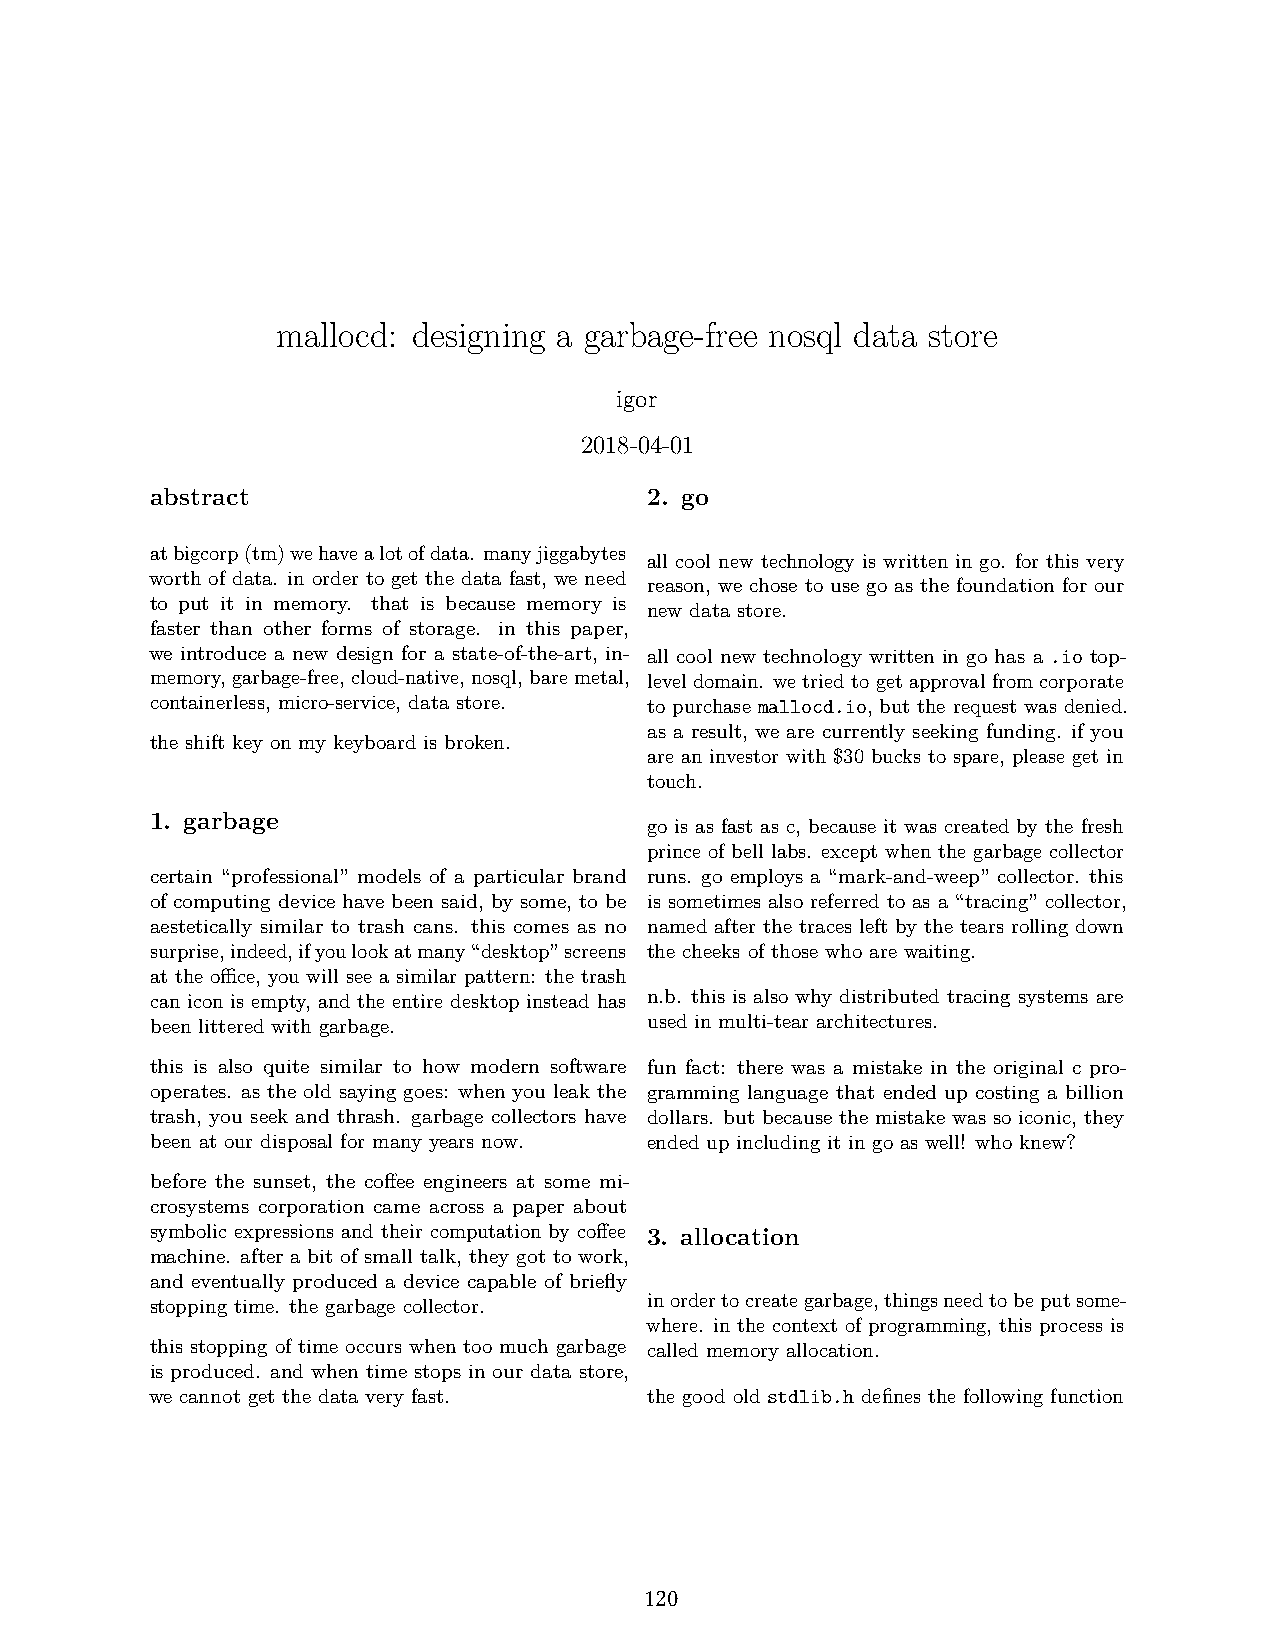
17
 mallocd: designing a garbage-free nosql data store
 igor
 2018-04-01
 abstract                         2. go
 atbigcorp(tm)wehavealotofdata. manyjiggabytes
 all cool new technology is written in go. for this very
 worth of data. in order to get the data fast, we need
 reason, we chose to use go as the foundation for our
 to put it in memory. that is because memory is
 new data store.
 faster than other forms of storage. in this paper,
 we introduce a new design for a state-of-the-art, in- all cool new technology written in go has a .io top-
 memory,garbage-free,cloud-native,nosql,baremetal, level domain. we tried to get approval from corporate
 containerless, micro-service, data store. to purchase mallocd.io, but the request was denied.
 as a result, we are currently seeking funding. if you
 the shift key on my keyboard is broken.
 are an investor with $30 bucks to spare, please get in
 touch.
 1. garbage
 go is as fast as c, because it was created by the fresh
 prince of bell labs. except when the garbage collector
 certain “professional” models of a particular brand runs. go employs a “mark-and-weep” collector. this
 of computing device have been said, by some, to be is sometimes also referred to as a “tracing” collector,
 aestetically similar to trash cans. this comes as no named after the traces left by the tears rolling down
 surprise,indeed,ifyoulookatmany“desktop”screens the cheeks of those who are waiting.
 at the office, you will see a similar pattern: the trash
 can icon is empty, and the entire desktop instead has n.b. this is also why distributed tracing systems are
 been littered with garbage.      used in multi-tear architectures.
 this is also quite similar to how modern software fun fact: there was a mistake in the original c pro-
 operates. as the old saying goes: when you leak the gramming language that ended up costing a billion
 trash, you seek and thrash. garbage collectors have dollars. but because the mistake was so iconic, they
 been at our disposal for many years now. ended up including it in go as well! who knew?
 before the sunset, the coffee engineers at some mi-
 crosystems corporation came across a paper about
 symbolic expressions and their computation by coffee 3. allocation
 machine. after a bit of small talk, they got to work,
 and eventually produced a device capable of briefly
 stopping time. the garbage collector. inordertocreategarbage,thingsneedtobeputsome-
 where. in the context of programming, this process is
 this stopping of time occurs when too much garbage called memory allocation.
 is produced. and when time stops in our data store,
 we cannot get the data very fast. the good old stdlib.h defines the following function
 120